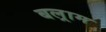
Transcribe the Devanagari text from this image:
बल्राम